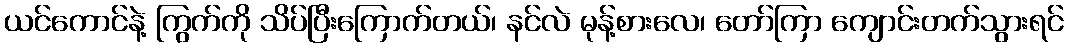
ယင်ကောင်နဲ့ ကြွက်ကို သိပ်ပြီးကြောက်တယ်၊ နင်လဲ မုန့်စားလေ၊ တော်ကြာ ကျောင်းတက်သွားရင်